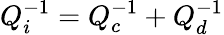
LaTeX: Q_{i}^{-1}=Q_{c}^{-1}+Q_{d}^{-1}